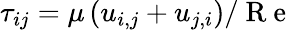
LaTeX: \tau_{ij}=\mu\left(u_{i,j}+u_{j,i}\right)/\mathrm{~R~e~}